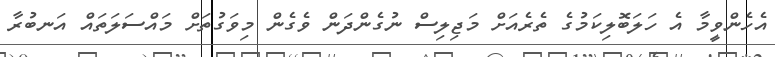
އެހެންވީމާ އެ ހަލަބޮލިކަމުގެ ތެރެއަށް މަޖިލިސް ނުގެންދަން ވެގެން މިވަގުތަށް މައްސަލަތައް އަނބުރާ